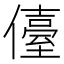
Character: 儓